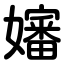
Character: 嬸